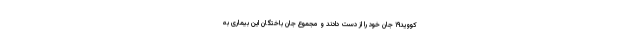
کووید۱۹ جان خود را از دست دادند و مجموع جان باختگان این بیماری به